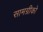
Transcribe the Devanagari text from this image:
सामग्रीको